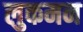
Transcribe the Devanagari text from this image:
लुकमन